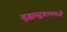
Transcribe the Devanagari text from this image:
गुह्यसुत्रामध्ये